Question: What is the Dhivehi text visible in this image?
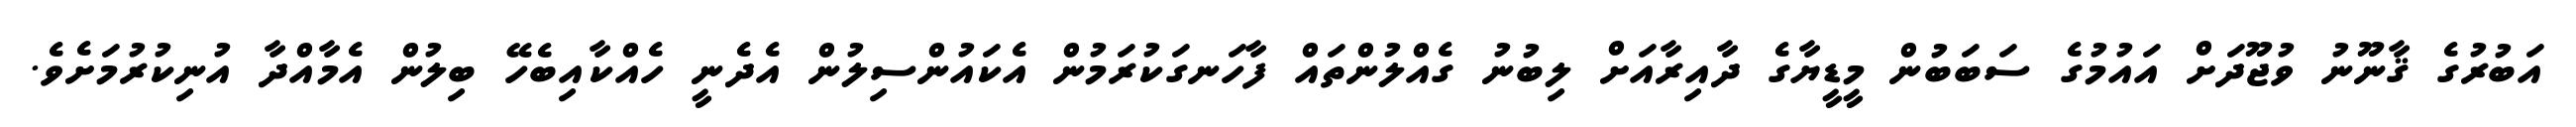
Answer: އަބުރުގެ ޤާނޫނު ވުޖޫދަށް އައުމުގެ ސަބަބުން މީޑީޔާގެ ދާއިރާއަށް ލިބުނު ގެއްލުންތައް ފާހަނގަކުރަމުން އެކައުންސިލުން އެދެނީ ހެއްކާއިބެހޭ ބިލުން އެމާއްދާ އުނިކުރުމަށެވެ.